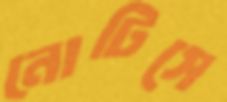
নোটিসে